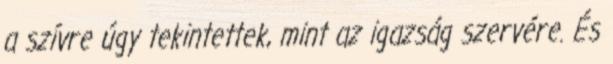
a szívre úgy tekintettek, mint az igazság szervére. És